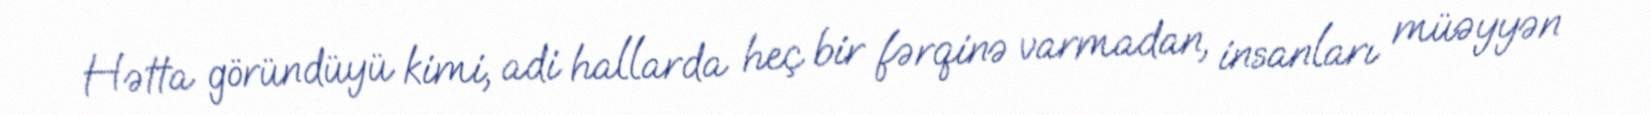
Hətta göründüyü kimi, adi hallarda heç bir fərqinə varmadan, insanları müəyyən